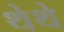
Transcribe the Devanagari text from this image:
थेथे